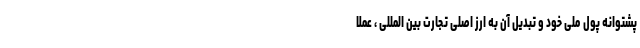
پشتوانه پول ملی خود و تبدیل آن به ارز اصلی تجارت بین المللی ، عملا